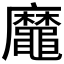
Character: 𪓹